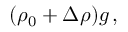
( \rho _ { 0 } + \Delta \rho ) g \, ,